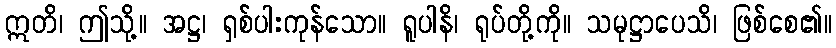
ဣတိ၊ ဤသို့။ အဋ္ဌ၊ ရှစ်ပါးကုန်သော။ ရူပါနိ၊ ရုပ်တို့ကို။ သမုဋ္ဌာပေသိ၊ ဖြစ်စေ၏။